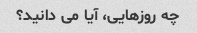
چه روزهایی، آیا می دانید؟